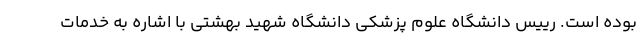
بوده است. رییس دانشگاه علوم پزشکی دانشگاه شهید بهشتی با اشاره به خدمات